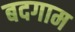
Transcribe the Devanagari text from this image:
बदगाम